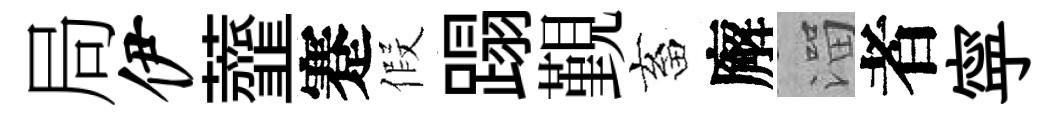
局伊虀蹇假蹋覲畜廨溜者寜